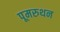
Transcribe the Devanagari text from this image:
पूमरुथन